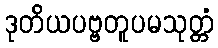
ဒုတိယပဗ္ဗတူပမသုတ္တံ